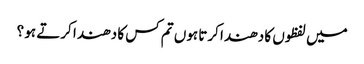
میں لفظوں کا دھندا کرتا ہوں تم کس کا دھندا کرتے ہو ؟